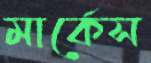
মার্কেস